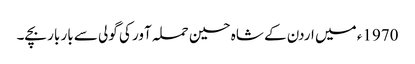
1970ء میں اردن کے شاہ حسین حملہ آور کی گولی سے بار بار بچے۔